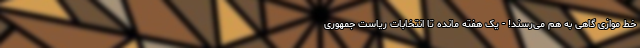
خط موازی گاهی به هم می‌رسند! - یک هفته مانده تا انتخابات ریاست جمهوری